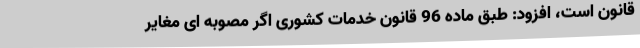
قانون است، افزود: طبق ماده 96 قانون خدمات کشوری اگر مصوبه ای مغایر